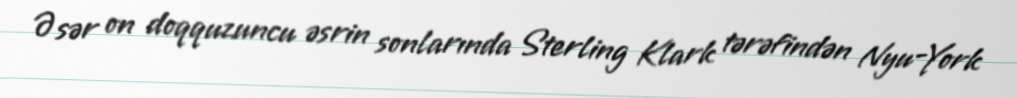
Əsər on doqquzuncu əsrin sonlarında Sterling Klark tərəfindən Nyu-York